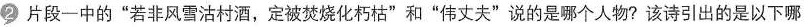
2 片段一中的“若非风雪沽村酒，定被焚烧化朽枯”和“伟丈夫”说的是那个人物？该诗引出的是以下哪